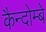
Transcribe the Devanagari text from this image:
कैन्दोम्बे